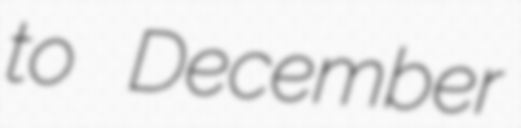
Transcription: to December